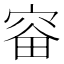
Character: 𪧗